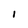
Character: l